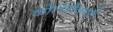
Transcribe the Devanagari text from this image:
कोलंबोवासी